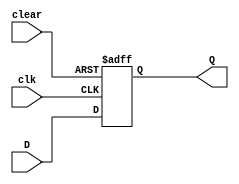
module d_flip_flop_with_clear (
  input wire D,
  input wire clk,
  input wire clear,
  output reg Q
);

always @(posedge clk or posedge clear) begin
  if (clear) begin
    Q <= 1'b0;
  end else begin
    Q <= D;
  end
end

endmodule